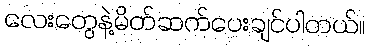
လေးတွေနဲ့မိတ်ဆက်ပေးချင်ပါတယ်။